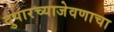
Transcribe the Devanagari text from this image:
दुपारच्याजेवणाचा